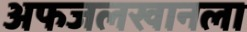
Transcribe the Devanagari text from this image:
अफजलखानला